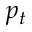
p _ { t }